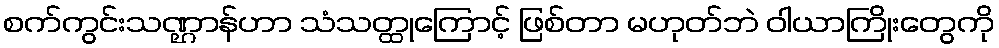
စက်ကွင်းသဏ္ဌာန်ဟာ သံသတ္ထုကြောင့် ဖြစ်တာ မဟုတ်ဘဲ ဝါယာကြိုးတွေကို